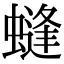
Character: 䗦